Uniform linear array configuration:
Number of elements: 64
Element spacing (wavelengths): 0.75
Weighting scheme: hamming
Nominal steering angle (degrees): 0
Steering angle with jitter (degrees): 0.04758
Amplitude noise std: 0.05
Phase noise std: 0.05

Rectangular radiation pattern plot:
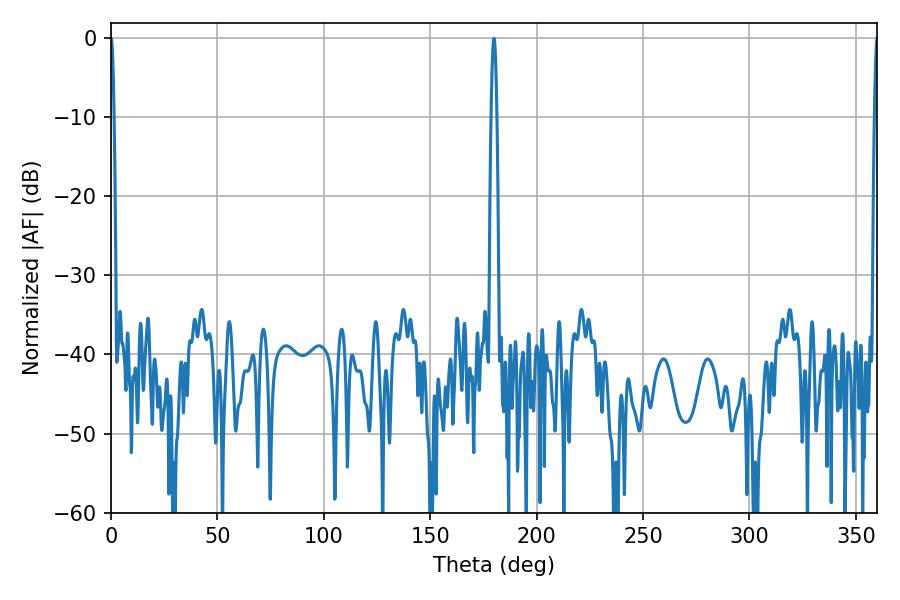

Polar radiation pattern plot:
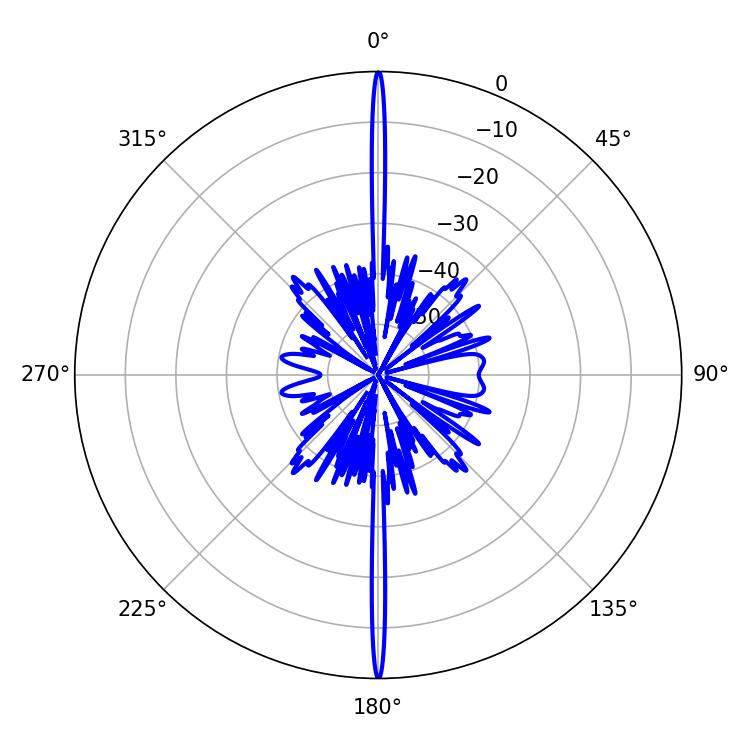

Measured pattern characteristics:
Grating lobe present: TRUE
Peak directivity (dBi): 42.205
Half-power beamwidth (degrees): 1.44
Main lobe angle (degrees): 180